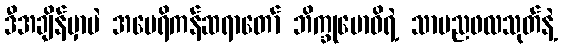
ဒီအချိန်မှာပဲ အမေရိကန်ဆရာတော် ဘိက္ခုဗောဓိရဲ့ သာမညဖလသုတ်နဲ့